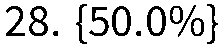
28. {50.0%}